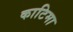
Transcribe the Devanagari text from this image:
काटिमा